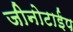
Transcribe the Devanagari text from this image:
जीनोटाईप